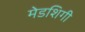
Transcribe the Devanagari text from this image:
मेडशिगी